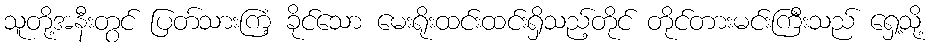
သူတို့အနီးတွင် ပြတ်သားကြံ့ ခိုင်သော မေးရိုးထင်းထင်းရှိသည့်တိုင် တိုင်တားမင်းကြီးသည် ရှေ့သို့